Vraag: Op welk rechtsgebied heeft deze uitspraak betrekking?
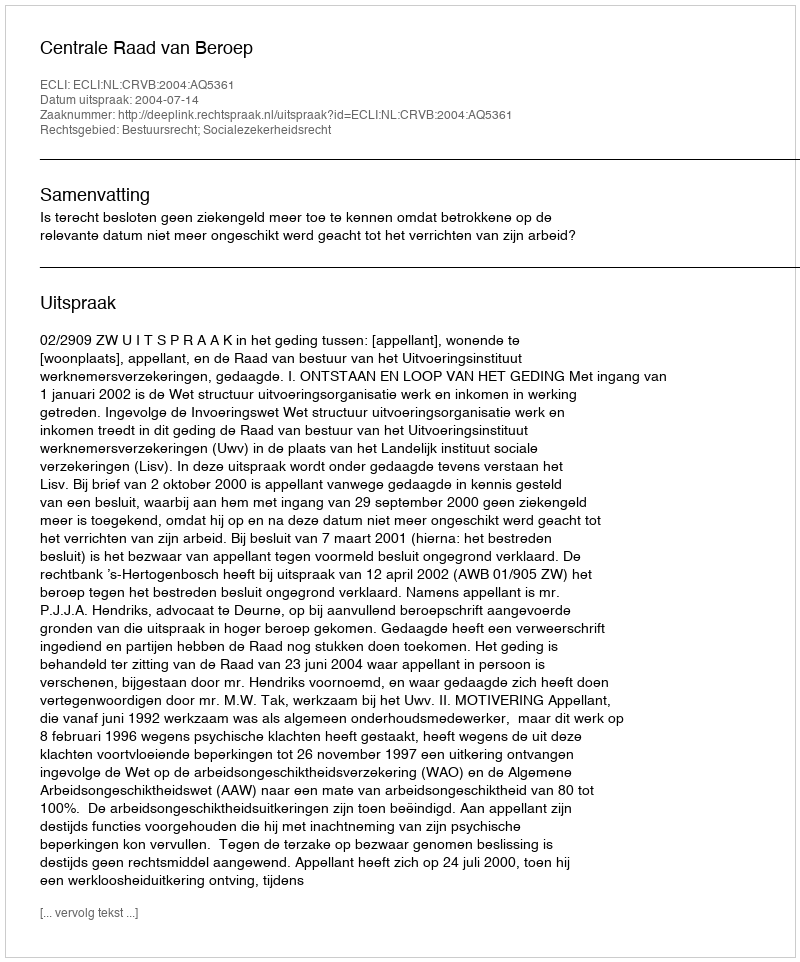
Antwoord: Bestuursrecht; Socialezekerheidsrecht